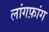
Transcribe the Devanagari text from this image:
लांगफ़ांग